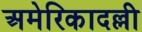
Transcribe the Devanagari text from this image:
अमेरिकादल्ली